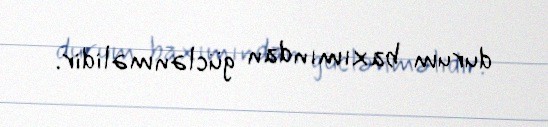
durum baxımından güclənməlidir.